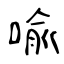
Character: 喩